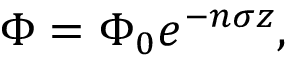
\Phi = \Phi _ { 0 } e ^ { - n \sigma z } ,